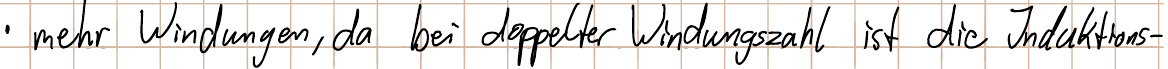
- mehr Windungen, da bei doppelter Windungszahl ist die Induktions-